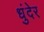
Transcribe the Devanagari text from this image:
धुंदेर